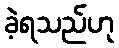
ခဲ့ရသည်ဟု